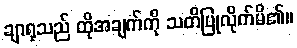
ချာရုသည် ထိုအချက်ကို သတိပြုလိုက်မိ၏။